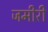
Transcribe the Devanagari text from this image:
जमीरी